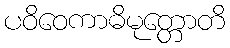
ပဝိဝေကာဓိမုတ္တောတိ